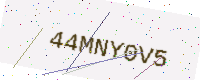
Text: 44MNY0V5